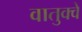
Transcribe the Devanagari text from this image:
वातुक्वे